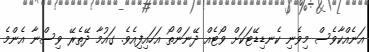
އަނެއްކާވެސް މިވެނި ކެނޑިޑޭޓަކަށް ވޯޓެއް ދޭނަންތޯ އަހައިފިއެވެ. ގައުމާ ދޭތެރޭ ވިސްނާ އެންމެ